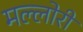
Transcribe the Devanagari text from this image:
मल्लोरी